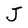
Character: J